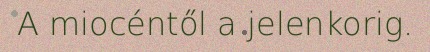
A miocéntől a jelenkorig.